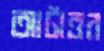
আটাত্তর